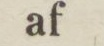
af